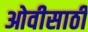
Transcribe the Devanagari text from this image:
ओवीसाठी